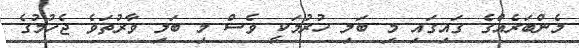
މެންބަރެއްގެ ގައިގައި މި ބަލި ހުރުމަކީ ވެސް މި ބަލި ވާރުތަވެ ޖެހުމުގެ